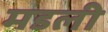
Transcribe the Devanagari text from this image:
मडली